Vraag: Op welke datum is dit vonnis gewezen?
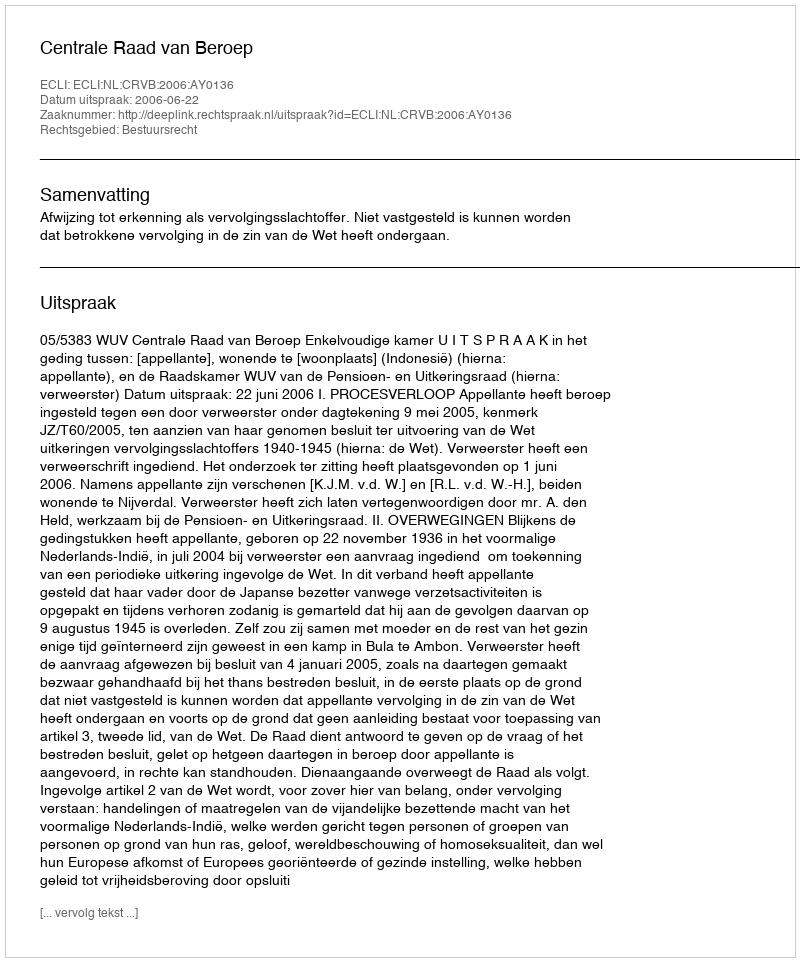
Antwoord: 2006-06-22